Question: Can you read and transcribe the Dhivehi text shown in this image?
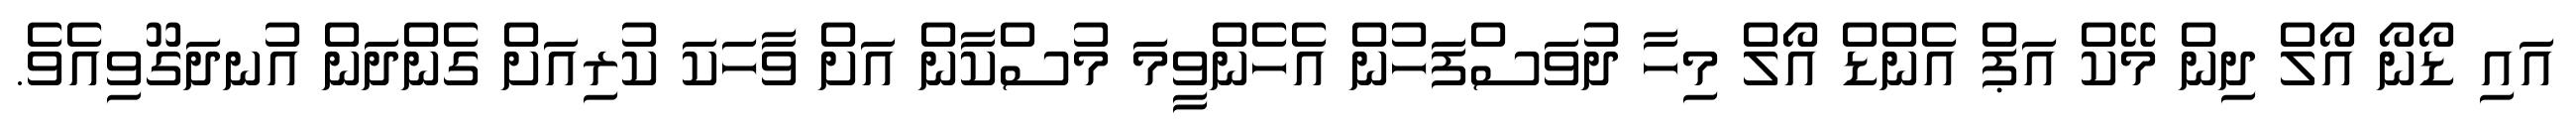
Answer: އައި ޑޯނޯ އޯލް ދިން މޭކް އަޕް އެންޑް އޯލް މިހާ ދުވަސްފަހުން އެހެންވީމަ މުސްކާން އަށް ވާހަކަ ކުރިއަށް ގެންދަން އުނދަގޫވިއެވެ.